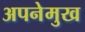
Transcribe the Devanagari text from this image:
अपनेमुख